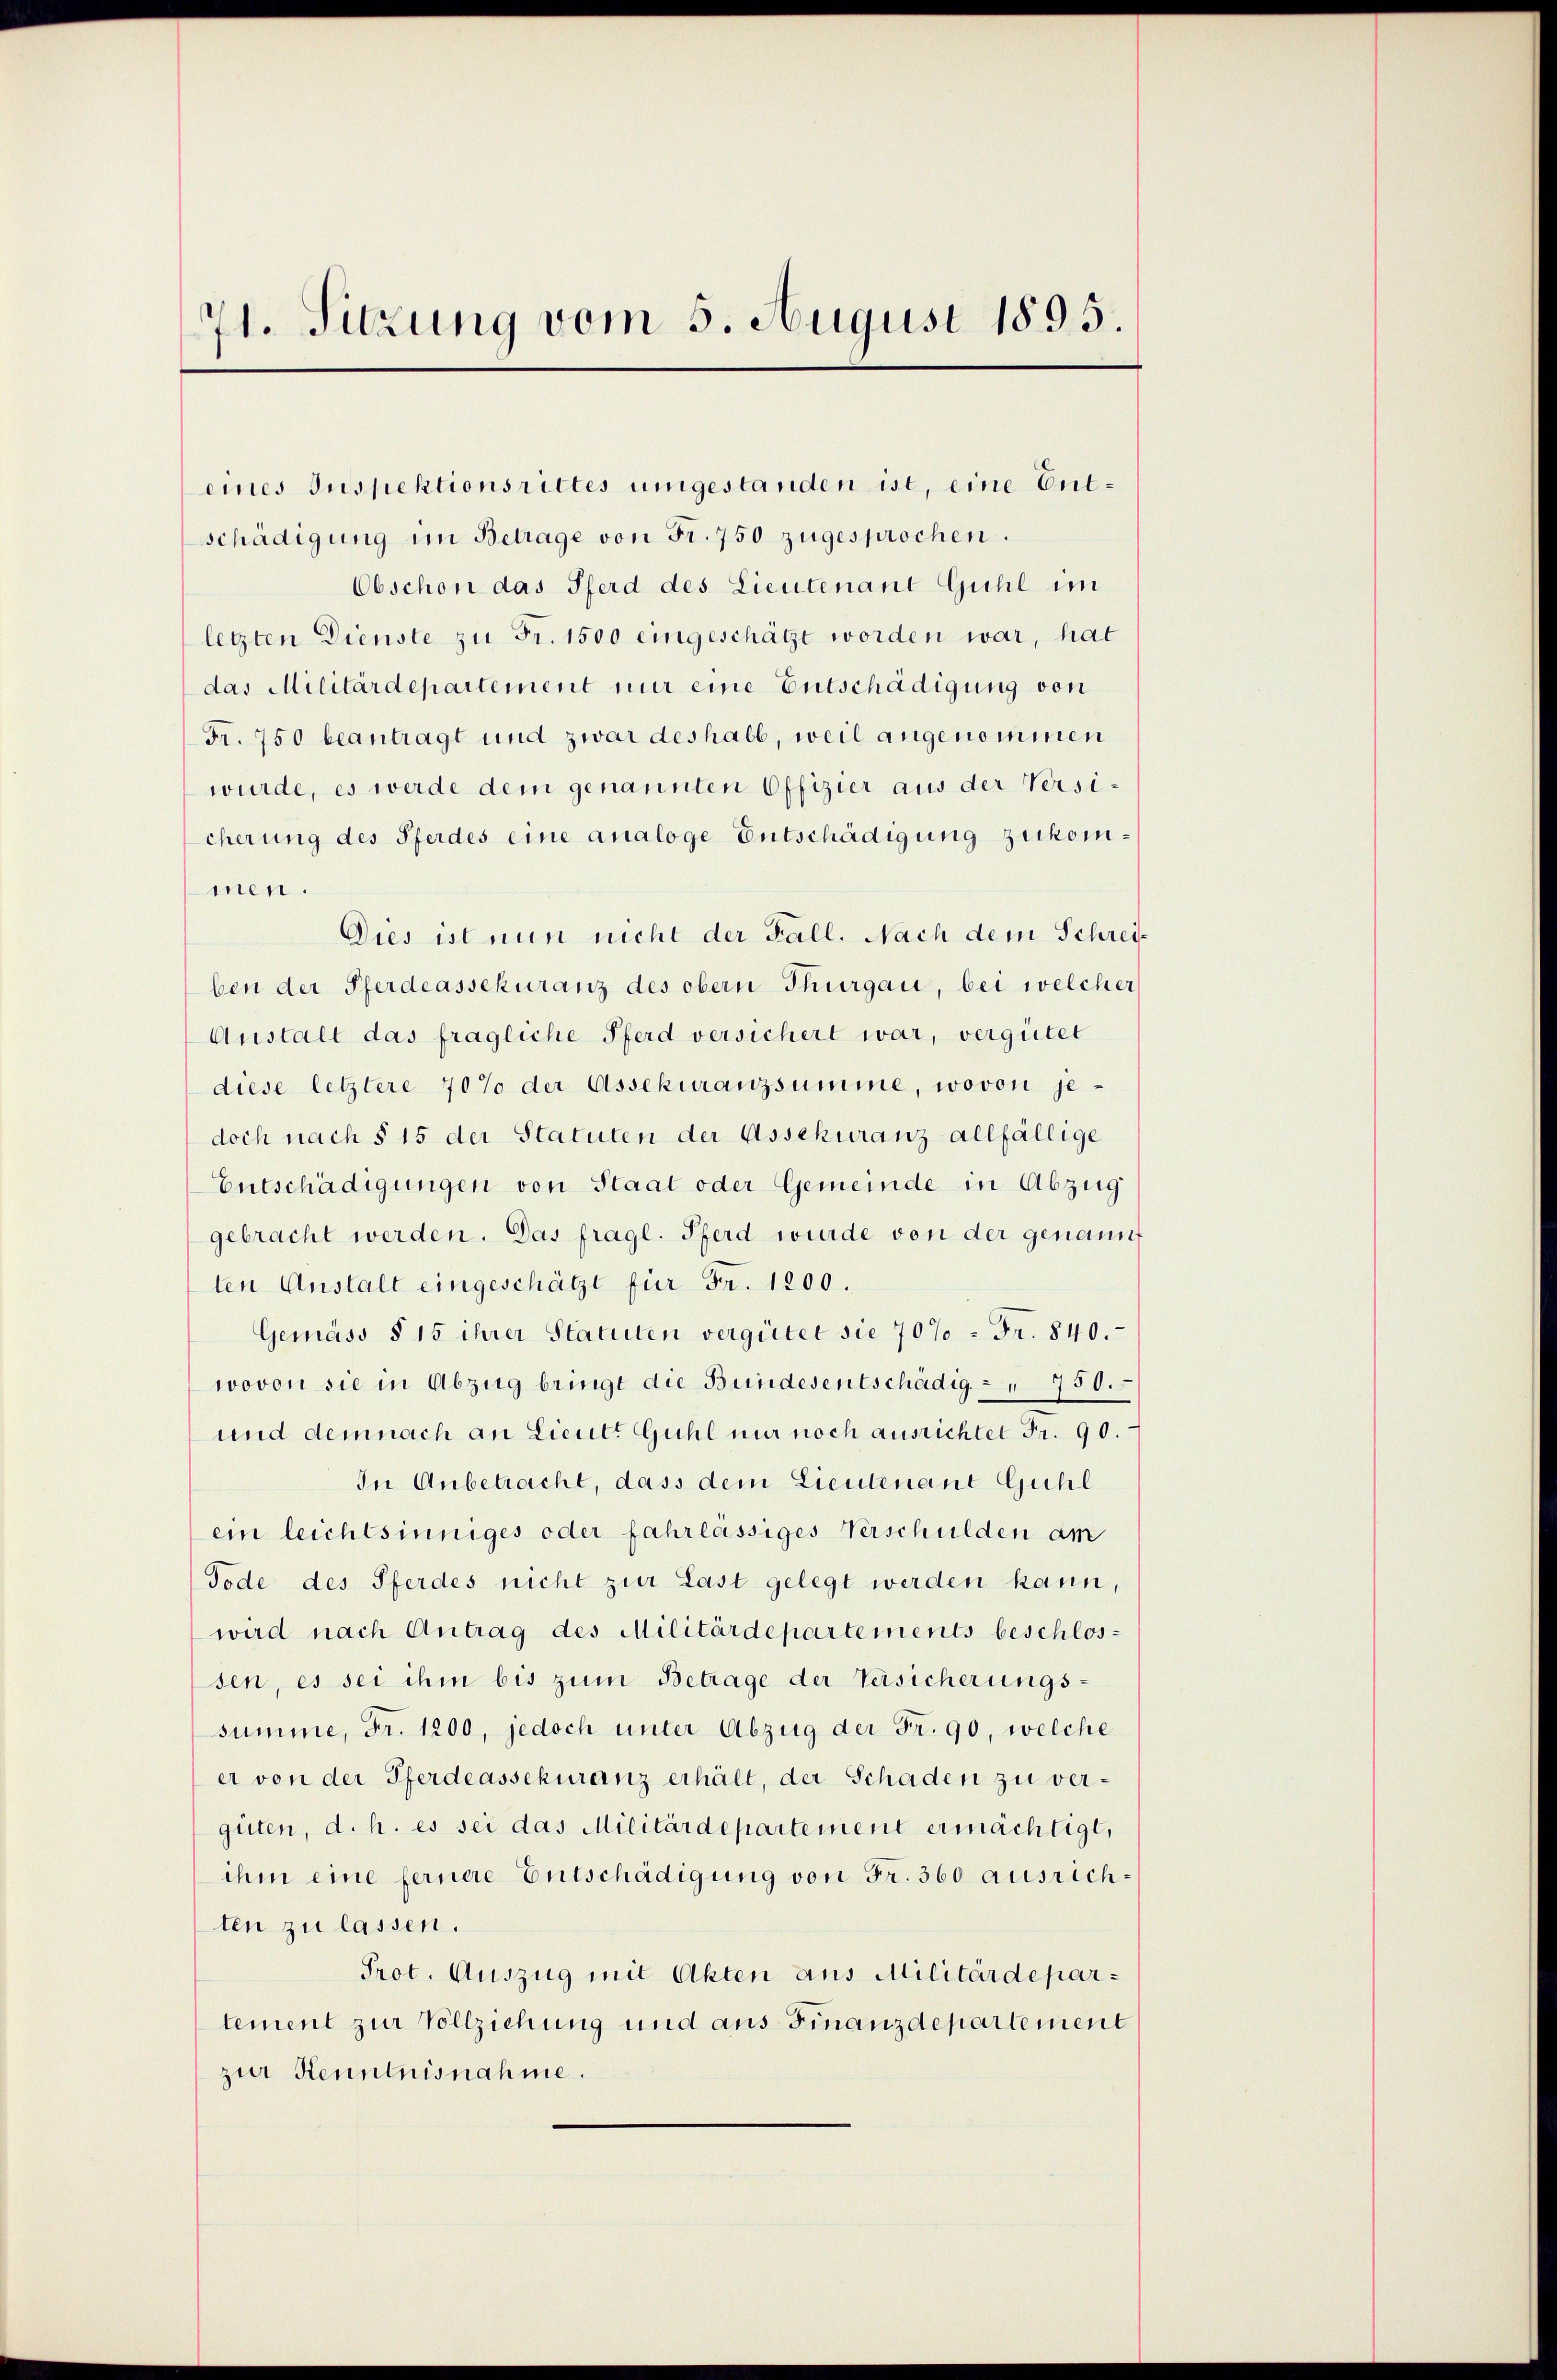
71. Sitzung vom 5. August 1895.

eines Inspektionsrittes umgestanden ist, eine Entschädigung im Betrage von Fr. 750 zugesprochen.
Obschon das Pferd des Lieutenant Guhl im
legten Dienste zu Fr. 1500 eingeschätzt worden war, hat
das Militärdepartement nur eine Entschädigung von
Fr. 750 beantragt und zwar deshalb, weil angenommen
wurde, es werde dem genannten Offizier aus der Versicherung des Pferdes eine analoge Entschädigung zukommen.
Dies ist nun nicht der Fall. Nach dem Schreiben der Pferdeassekuranz des obern Thurgau, bei welcher
Anstalt das fragliche Pferd versichert war, vergütet
diese letztere 70% der Assekuranzsumme, wovon jedoch nach § 15 der Statuten der Assekuranz allfällige
Entschädigungen von Staat oder Gemeinde in Abzug
gebracht werden. Das fragl. Pferd wurde von der genannt
ten Anstalt eingeschätzt für Fr. 1200.
Gemäss § 15 ihrer Statuten vergütet sie 70% = Fr. 840.
wovon sie in Abzug bringt die Bundesentschädig. 750.
und demnach an Lieut. Guhl nur noch ausrichtet Fr. 90.
In Anbetracht, dass dem Lieutenant Guhl
ein leichtsinniges oder fahrlässiges Verschulden am
Tode des Pferdes nicht zur Last gelegt werden kann,
wird nach Antrag des Militärdepartements beschlos-
sen, es sei ihm bis zum Betrage der Versicherungssumme, Fr. 1200, jedoch unter Abzug der Fr. 90, welche
er von der Pferdeassekuranz erhält, der Schaden zu vergüten, d. h. es sei das Militärdepartement ermächtigt,
ihm eine fernere Entschädigung von Fr. 360 ausrichten zu lassen.
Prot. Auszug mit Akten aus Militärdepartement zur Vollziehung und aus Finanzdepartement
zur Kenntnisnahme.